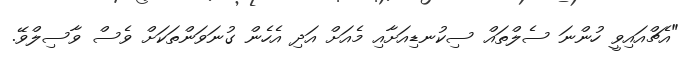
"އެޗްއައިވީ ހުންނަ ސެލްތައް ސިކުނޑިއަށާއި މެއަށް އަދި އެހެން ގުނަވަންތަކަށް ވެސް ވާސިލްވޭ.